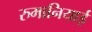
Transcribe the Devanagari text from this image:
रुमानियाई